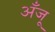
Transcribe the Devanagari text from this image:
अँजू